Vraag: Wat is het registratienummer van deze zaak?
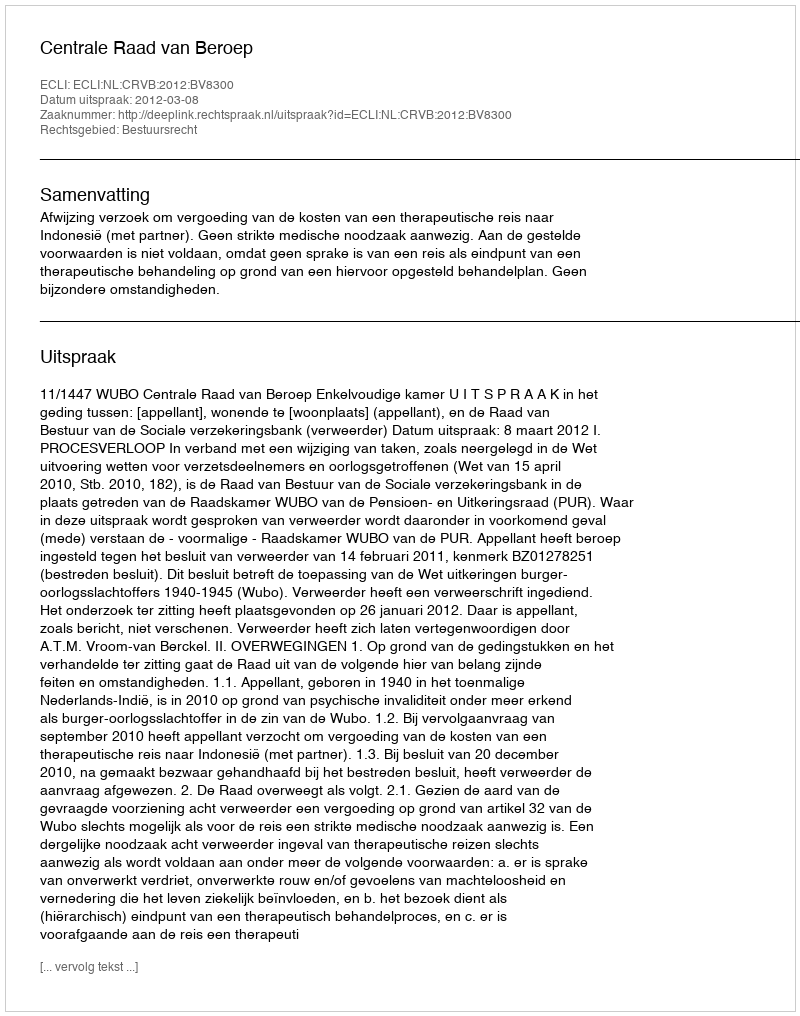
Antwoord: http://deeplink.rechtspraak.nl/uitspraak?id=ECLI:NL:CRVB:2012:BV8300